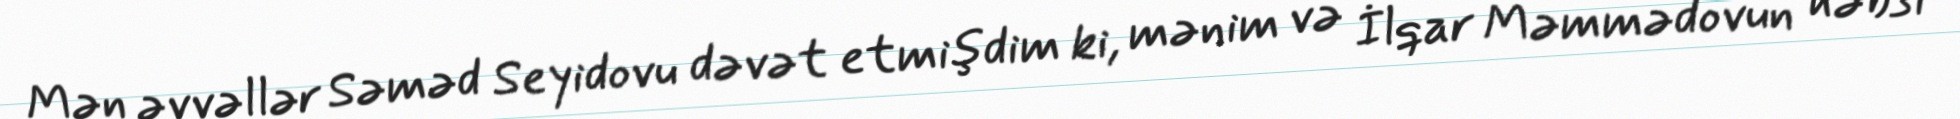
Mən əvvəllər Səməd Seyidovu dəvət etmişdim ki, mənim və İlqar Məmmədovun həbsi